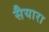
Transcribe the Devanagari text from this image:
सैयारा